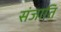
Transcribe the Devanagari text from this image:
संजाति